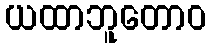
ယထာဘူတောဝ